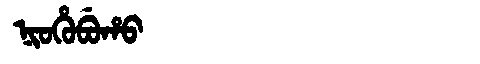
Manchu: ᠨᡳᠣᡥᡠᠪᡠᡥᠣ
Romanization: NIOHUBUHO